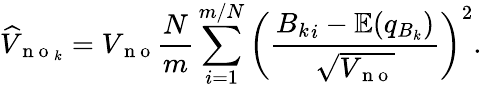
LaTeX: \widehat{V}_{\mathrm{~n~o~}_{k}}=V_{\mathrm{~n~o~}}\frac{N}{m}\sum_{i=1}^{m/N}\left(\frac{{B_{k}}_{i}-\mathbb{E}(q_{B_{k}})}{\sqrt{V_{\mathrm{~n~o~}}}}\right)^{2}.